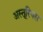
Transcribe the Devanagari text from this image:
अस्तूरियस